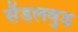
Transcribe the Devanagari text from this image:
सैंडलवुड